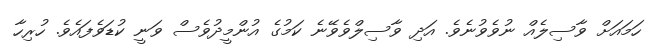
ހަމައަށް ވާސިލެއް ނުވެވުނެވެ. އަދި ވާސިލްވެވޭނެ ކަމުގެ އުންމީދުވެސް ވަނީ ކުޑަވެފައެވެ. ހުރިހާ